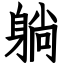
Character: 躺